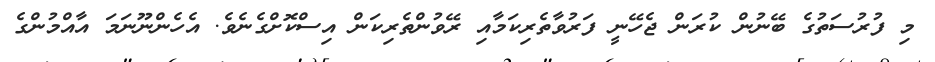
މި ފުރުސަތުގެ ބޭނުން ކުރަން ޖެހޭނީ ފަރުވާތެރިކަމާއި ރޭވުންތެރިކަން އިސްކޮށްގެނެވެ. އެހެންނޫނަމަ އާއްމުންގެ